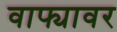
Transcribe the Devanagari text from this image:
वाफ्यावर